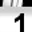
Digit: 1